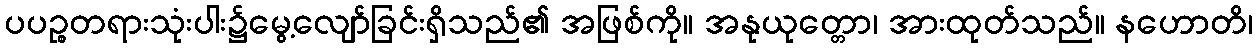
ပပဉ္စတရားသုံးပါး၌မွေ့လျော်ခြင်းရှိသည်၏ အဖြစ်ကို။ အနုယုတ္တော၊ အားထုတ်သည်။ နဟောတိ၊